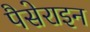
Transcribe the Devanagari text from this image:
पैसेराइन